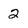
Character: 2